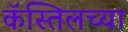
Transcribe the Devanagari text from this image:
कॅस्तिलच्या